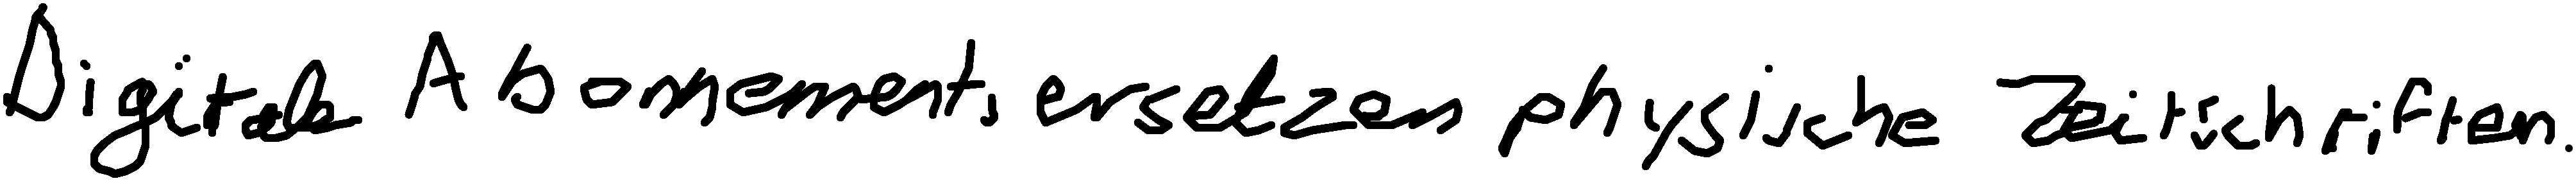
Digitale Abonnements ersetzen physische Zeitschriften.